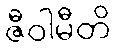
ဇီဝါမီတိ